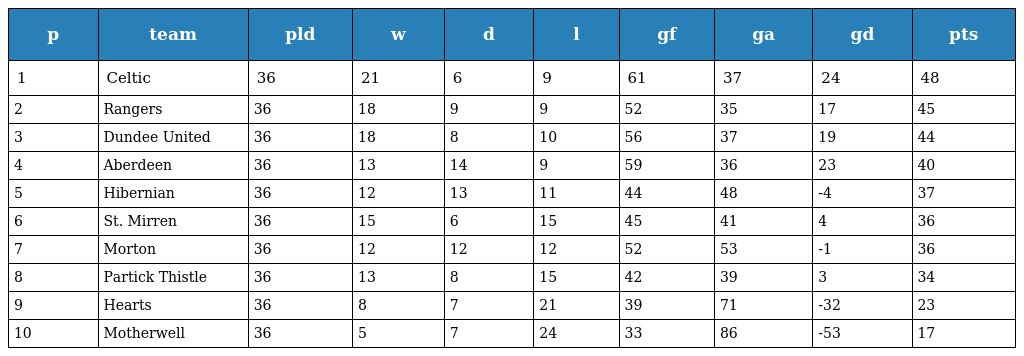
| p | team | pld | w | d | l | gf | ga | gd | pts |
 | --- | --- | --- | --- | --- | --- | --- | --- | --- | --- |
 | 1 | Celtic | 36 | 21 | 6 | 9 | 61 | 37 | 24 | 48 |
 | 2 | Rangers | 36 | 18 | 9 | 9 | 52 | 35 | 17 | 45 |
 | 3 | Dundee United | 36 | 18 | 8 | 10 | 56 | 37 | 19 | 44 |
 | 4 | Aberdeen | 36 | 13 | 14 | 9 | 59 | 36 | 23 | 40 |
 | 5 | Hibernian | 36 | 12 | 13 | 11 | 44 | 48 | -4 | 37 |
 | 6 | St. Mirren | 36 | 15 | 6 | 15 | 45 | 41 | 4 | 36 |
 | 7 | Morton | 36 | 12 | 12 | 12 | 52 | 53 | -1 | 36 |
 | 8 | Partick Thistle | 36 | 13 | 8 | 15 | 42 | 39 | 3 | 34 |
 | 9 | Hearts | 36 | 8 | 7 | 21 | 39 | 71 | -32 | 23 |
 | 10 | Motherwell | 36 | 5 | 7 | 24 | 33 | 86 | -53 | 17 |